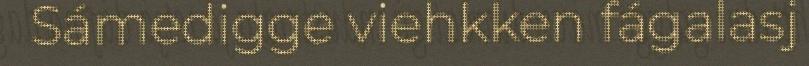
Sámedigge viehkken fágalasj